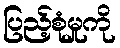
ပြည့်စုံမှုကို